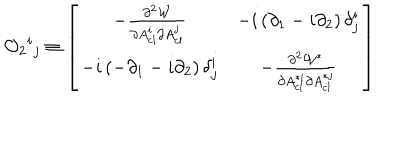
{ \cal O } _ { 2 } { } ^ { i } { } _ { j } \equiv \left[ \begin{matrix} { { - { \frac { \partial ^ { 2 } { \cal W } } { \partial A _ { \mathrm { c l } } ^ { i } \partial A _ { \mathrm { c l } } ^ { j } } } } } & { { - i \left( \partial _ { 1 } - i \partial _ { 2 } \right) \delta _ { j } ^ { i } } } \\ { { - i \left( - \partial _ { 1 } - i \partial _ { 2 } \right) \delta _ { j } ^ { i } } } & { { - { \frac { \partial ^ { 2 } { \cal W } ^ { * } } { \partial A _ { \mathrm { c l } } ^ { * i } \partial A _ { \mathrm { c l } } ^ { * j } } } } } \\ \end{matrix} \right]